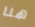
هنا